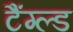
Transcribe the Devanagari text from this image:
टैंग्ल्ड